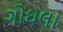
ગોઘલા